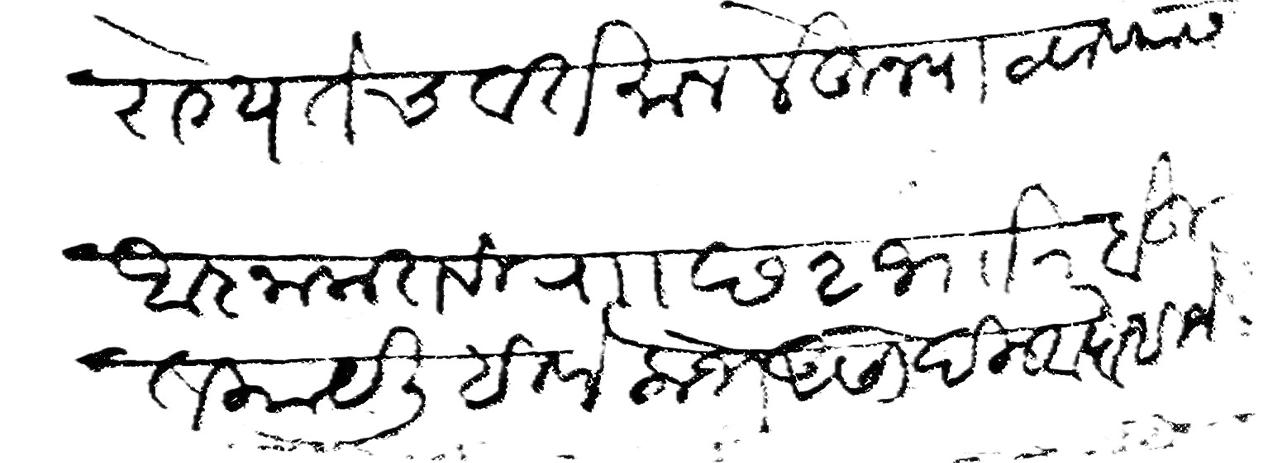
Transliteration (Devanagari): आरोग्यतेच वर्तमान लेहून पाटवण्यास आज्ञा करावी र छ २ ज खर बहुत काय लिहिणे लोभ असो दिल्हा पाहिजे